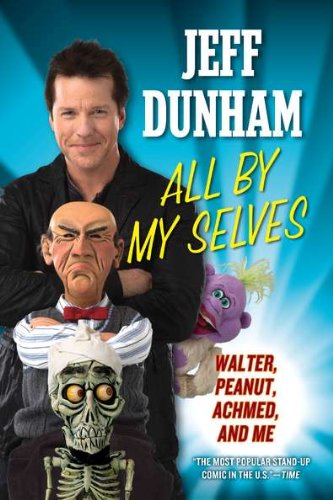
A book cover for All By My Selves: Walter, Peanut, Achmed, and Me; Jeff Dunham; Humor & Entertainment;